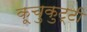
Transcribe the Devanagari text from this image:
कूचुकुट्टी